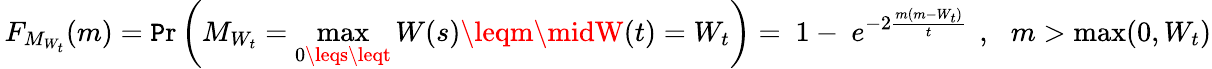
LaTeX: \, F_{M_{W_{t}}}(m)=\operatorname*{\mathtt{P}r}\left(M_{W_{t}}=\operatorname*{max}_{0\leqs\leqt}W(s)\leqm\midW(t)=W_{t}\right)=\ 1-\ e^{-2{\frac{{m(m-W_{t})}}{{t}}}}\ \, ,\, \ \ m>\operatorname*{max}(0,W_{t})